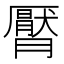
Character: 𣎩